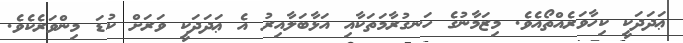
ޢަދަދަކީ ކިހާވަރެއްތޯއެވެ. މިޒަމާނުގެ ހަނގުރާމަތަކާއި އަޅާބަލާއިރު އެ ޢަދަދަކީ ވަރަށް ކުޑަ މިންވަރެކެވެ.